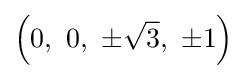
\left(0,\ 0,\ \pm {\sqrt {3}},\ \pm 1\right)